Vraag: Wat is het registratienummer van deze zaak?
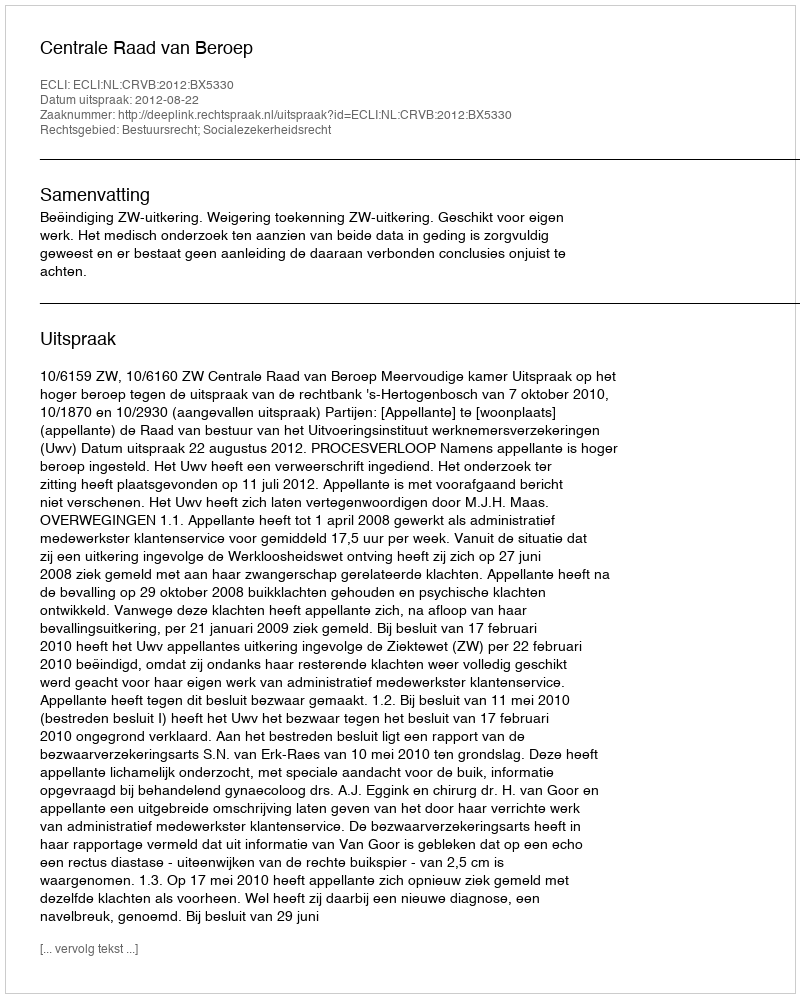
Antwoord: http://deeplink.rechtspraak.nl/uitspraak?id=ECLI:NL:CRVB:2012:BX5330